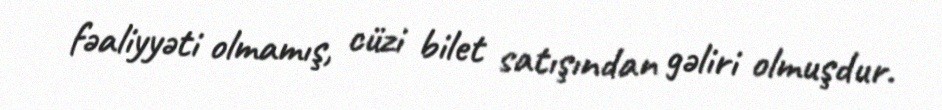
fəaliyyəti olmamış, cüzi bilet satışından gəliri olmuşdur.